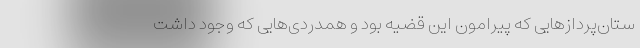
ستان‌پرداز‌هایی که پیرامون این قضیه بود و همدردی‌هایی که وجود داشت